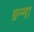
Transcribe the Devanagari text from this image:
म्रन्मा